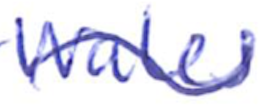
Text: Wales
Cross-out: wave
Writing tool: ballpoint